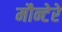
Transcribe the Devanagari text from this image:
मौन्टेरे